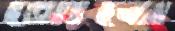
থোবো